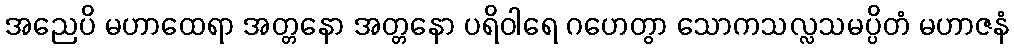
အညေပိ မဟာထေရာ အတ္တနော အတ္တနော ပရိဝါရေ ဂဟေတွာ သောကသလ္လသမပ္ပိတံ မဟာဇနံ